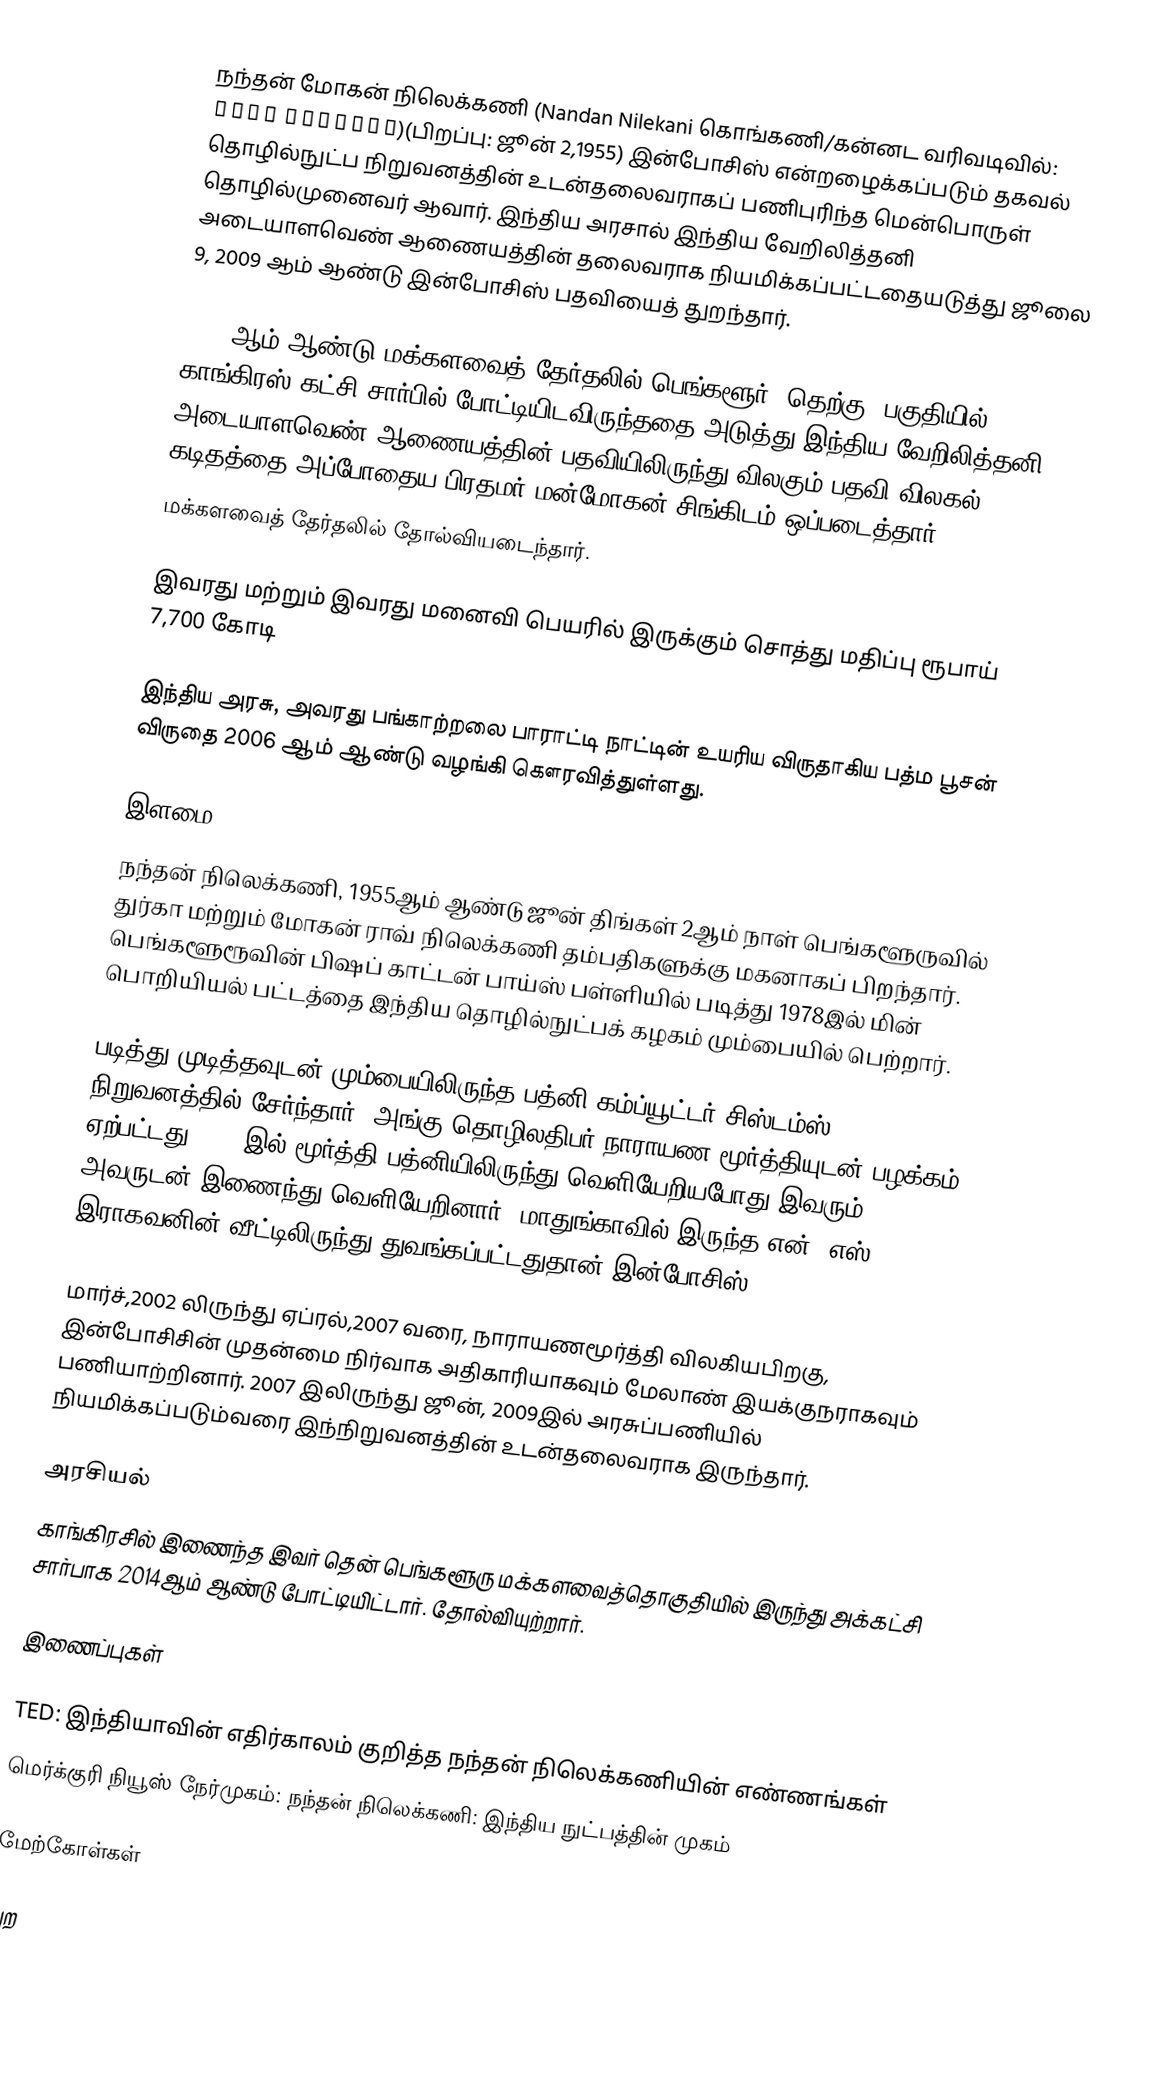
நந்தன் மோகன் நிலெக்கணி (Nandan Nilekani கொங்கணி/கன்னட வரிவடிவில்: ನಂದನ  ನಿಲೇಕಣಿ)(பிறப்பு: ஜூன் 2,1955) இன்போசிஸ் என்றழைக்கப்படும் தகவல் தொழில்நுட்ப நிறுவனத்தின் உடன்தலைவராகப் பணிபுரிந்த மென்பொருள் தொழில்முனைவர் ஆவார். இந்திய அரசால் இந்திய வேறிலித்தனி அடையாளவெண் ஆணையத்தின் தலைவராக நியமிக்கப்பட்டதையடுத்து ஜூலை 9, 2009 ஆம் ஆண்டு இன்போசிஸ் பதவியைத் துறந்தார்.

2014 ஆம் ஆண்டு மக்களவைத் தேர்தலில் பெங்களூர் (தெற்கு) பகுதியில் காங்கிரஸ் கட்சி சார்பில் போட்டியிடவிருந்ததை அடுத்து இந்திய வேறிலித்தனி அடையாளவெண் ஆணையத்தின் பதவியிலிருந்து விலகும் பதவி விலகல் கடிதத்தை அப்போதைய பிரதமர் மன்மோகன் சிங்கிடம் ஒப்படைத்தார்.
மக்களவைத் தேர்தலில் தோல்வியடைந்தார்.

இவரது மற்றும் இவரது மனைவி பெயரில் இருக்கும் சொத்து மதிப்பு ரூபாய் 7,700 கோடி

இந்திய அரசு, அவரது பங்காற்றலை பாராட்டி நாட்டின் உயரிய விருதாகிய பத்ம பூசன் விருதை 2006 ஆம் ஆண்டு வழங்கி கௌரவித்துள்ளது.

இளமை
நந்தன் நிலெக்கணி, 1955ஆம் ஆண்டு ஜூன் திங்கள் 2ஆம் நாள் பெங்களூருவில் துர்கா மற்றும் மோகன் ராவ் நிலெக்கணி தம்பதிகளுக்கு மகனாகப் பிறந்தார். பெங்களூரூவின் பிஷப் காட்டன் பாய்ஸ் பள்ளியில் படித்து 1978இல் மின் பொறியியல் பட்டத்தை  இந்திய தொழில்நுட்பக் கழகம் மும்பையில் பெற்றார்.

படித்து முடித்தவுடன் மும்பையிலிருந்த பத்னி கம்ப்யூட்டர் சிஸ்டம்ஸ் நிறுவனத்தில் சேர்ந்தார். அங்கு தொழிலதிபர் நாராயண மூர்த்தியுடன் பழக்கம் ஏற்பட்டது. 1981இல் மூர்த்தி பத்னியிலிருந்து வெளியேறியபோது இவரும் அவருடன் இணைந்து வெளியேறினார். மாதுங்காவில் இருந்த என். எஸ். இராகவனின் வீட்டிலிருந்து துவங்கப்பட்டதுதான் இன்போசிஸ்.

மார்ச்,2002 லிருந்து ஏப்ரல்,2007 வரை, நாராயணமூர்த்தி விலகியபிறகு, இன்போசிசின் முதன்மை நிர்வாக அதிகாரியாகவும் மேலாண் இயக்குநராகவும் பணியாற்றினார். 2007 இலிருந்து ஜூன், 2009இல் அரசுப்பணியில் நியமிக்கப்படும்வரை இந்நிறுவனத்தின் உடன்தலைவராக இருந்தார்.

அரசியல்
காங்கிரசில் இணைந்த இவர் தென் பெங்களூரு மக்களவைத்தொகுதியில் இருந்து அக்கட்சி சார்பாக 2014ஆம் ஆண்டு போட்டியிட்டார். தோல்வியுற்றார்.

இணைப்புகள்

TED: இந்தியாவின் எதிர்காலம் குறித்த நந்தன் நிலெக்கணியின் எண்ணங்கள்
மெர்க்குரி நியூஸ் நேர்முகம்: நந்தன் நிலெக்கணி: இந்திய நுட்பத்தின் முகம்

மேற்கோள்கள்

புற